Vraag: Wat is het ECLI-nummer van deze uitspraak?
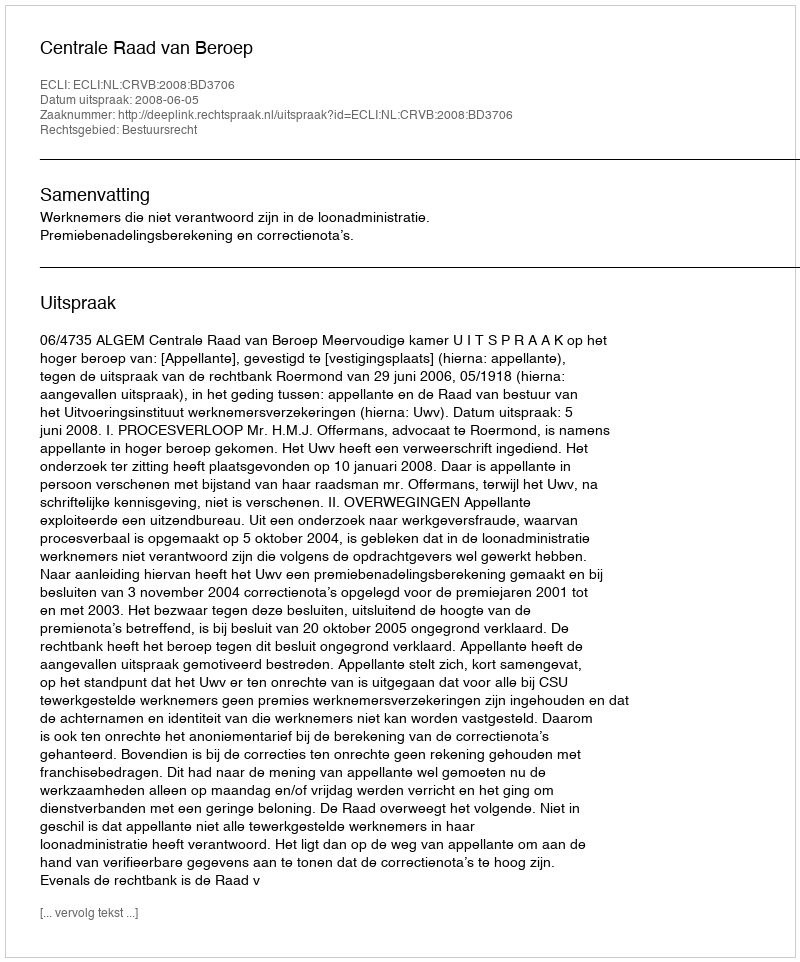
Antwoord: ECLI:NL:CRVB:2008:BD3706